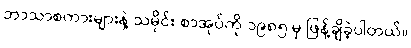
ဘာသာစကားများနဲ့ သမိုင်း စာအုပ်ကို ၁၉၈၅ မှ ဖြန့်ချိခဲ့ပါတယ်။